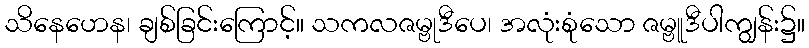
သိနေဟေန၊ ချစ်ခြင်းကြောင့်။ သကလဇမ္ဗုဒီပေ၊ အလုံးစုံသော ဇမ္ဗူဒီပါကျွန်း၌။